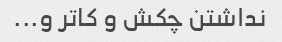
نداشتن چکش و کاتر و...